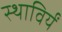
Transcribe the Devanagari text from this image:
स्थाविर्यं